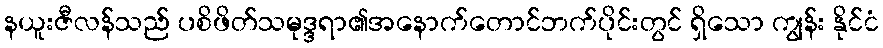
နယူးဇီလန်သည် ပစိဖိတ်သမုဒ္ဒရာ၏အနောက်တောင်ဘက်ပိုင်းတွင် ရှိသော ကျွန်း နိုင်ငံ